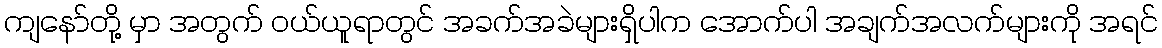
ကျနော်တို့ မှာ အတွက် ဝယ်ယူရာတွင် အခက်အခဲများရှိပါက အောက်ပါ အချက်အလက်များကို အရင်